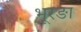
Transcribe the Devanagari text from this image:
भूरङा